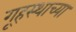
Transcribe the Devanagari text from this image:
गृ्हस्थाच्या